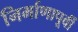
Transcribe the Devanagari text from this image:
निर्माणापूर्वी